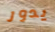
يدور